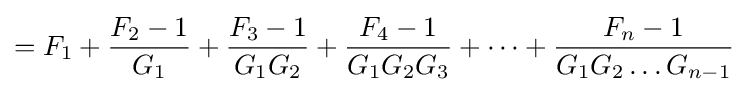
=F_{1}+{\frac {F_{2}-1}{G_{1}}}+{\frac {F_{3}-1}{G_{1}G_{2}}}+{\frac {F_{4}-1}{G_{1}G_{2}G_{3}}}+\dots +{\frac {F_{n}-1}{G_{1}G_{2}\dots G_{n-1}}}